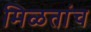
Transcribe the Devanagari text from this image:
मिळतांच